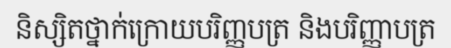
និស្សិតថ្នាក់ក្រោយបរិញ្ញបត្រ និងបរិញ្ញាបត្រ